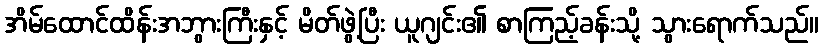
အိမ်ထောင်ထိန်းအဘွားကြီးနှင့် မိတ်ဖွဲ့ပြီး ယူဂျင်း၏ စာကြည့်ခန်းသို့ သွားရောက်သည်။